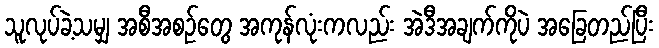
သူလုပ်ခဲ့သမျှ အစီအစဉ်တွေ အကုန်လုံးကလည်း အဲဒီအချက်ကိုပဲ အခြေတည်ပြီး